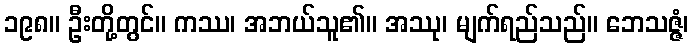
၁၉၈။ ဦးတို့တွင်။ ကဿ၊ အဘယ်သူ၏။ အဿု၊ မျက်ရည်သည်။ ဘေသဇ္ဇံ၊